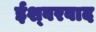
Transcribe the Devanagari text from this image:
ईश्‍वरवाद